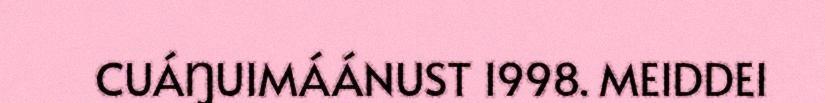
CUÁŊUIMÁÁNUST 1998. MEIDDEI